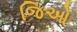
જિઓ